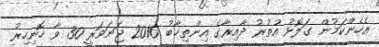
އެހެންކަމުން ގަލޮޅު އުތުރު ދާއިރާގެ އިންތިޚާބު 2016 ޖަނަވަރީ 30 ވާ ހޮނިހިރު